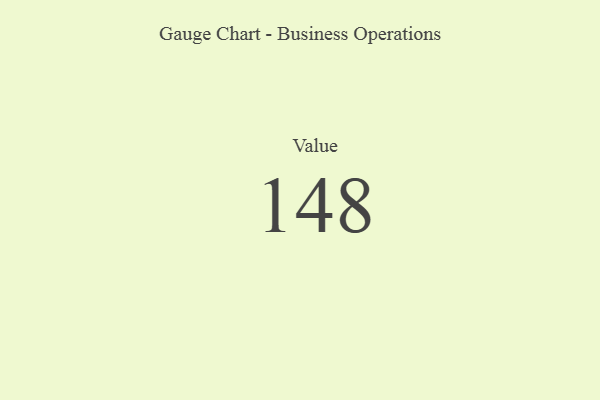
{"axis": {"x": "Metric", "y": "Value"}, "legend": [""], "data": [{"x": "Value", "y": 148, "type": ""}]}